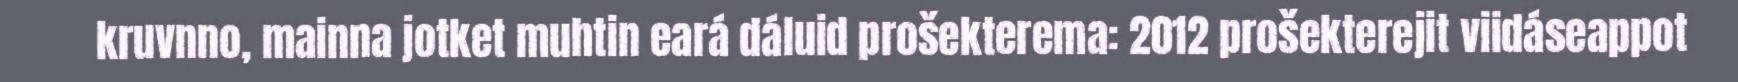
kruvnno, mainna jotket muhtin eará dáluid prošekterema: 2012 prošekterejit viidáseappot